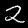
Digit: 2